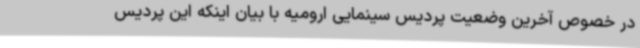
در خصوص آخرین وضعیت پردیس سینمایی ارومیه با بیان اینکه این پردیس